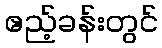
ဧည့်ခန်းတွင်